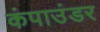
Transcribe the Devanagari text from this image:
कंपाउंडर